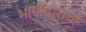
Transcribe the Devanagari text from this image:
भागीदारांचा